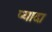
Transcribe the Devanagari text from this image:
प्‍यादा